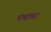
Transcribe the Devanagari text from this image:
पंथांवर